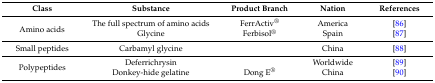
<table><thead><tr><td><b>Class</b></td><td><b>Substance</b></td><td><b>Product Branch</b></td><td><b>Nation</b></td><td><b>References</b></td></tr></thead><tbody><tr><td rowspan="2">Amino acids</td><td>The full spectrum of amino acids</td><td>FerrActiv<sup>®</sup></td><td>America</td><td>[86]</td></tr><tr><td>Glycine</td><td>Ferbisol<sup>®</sup></td><td>Spain</td><td>[87]</td></tr><tr><td>Small peptides</td><td>Carbamyl glycine</td><td></td><td>China</td><td>[88]</td></tr><tr><td rowspan="2">Polypeptides</td><td>Deferrichrysin</td><td></td><td>Worldwide</td><td>[89]</td></tr><tr><td>Donkey-hide gelatine</td><td>Dong E<sup>®</sup></td><td>China</td><td>[90]</td></tr></tbody></table>